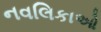
નવલિકાઓ